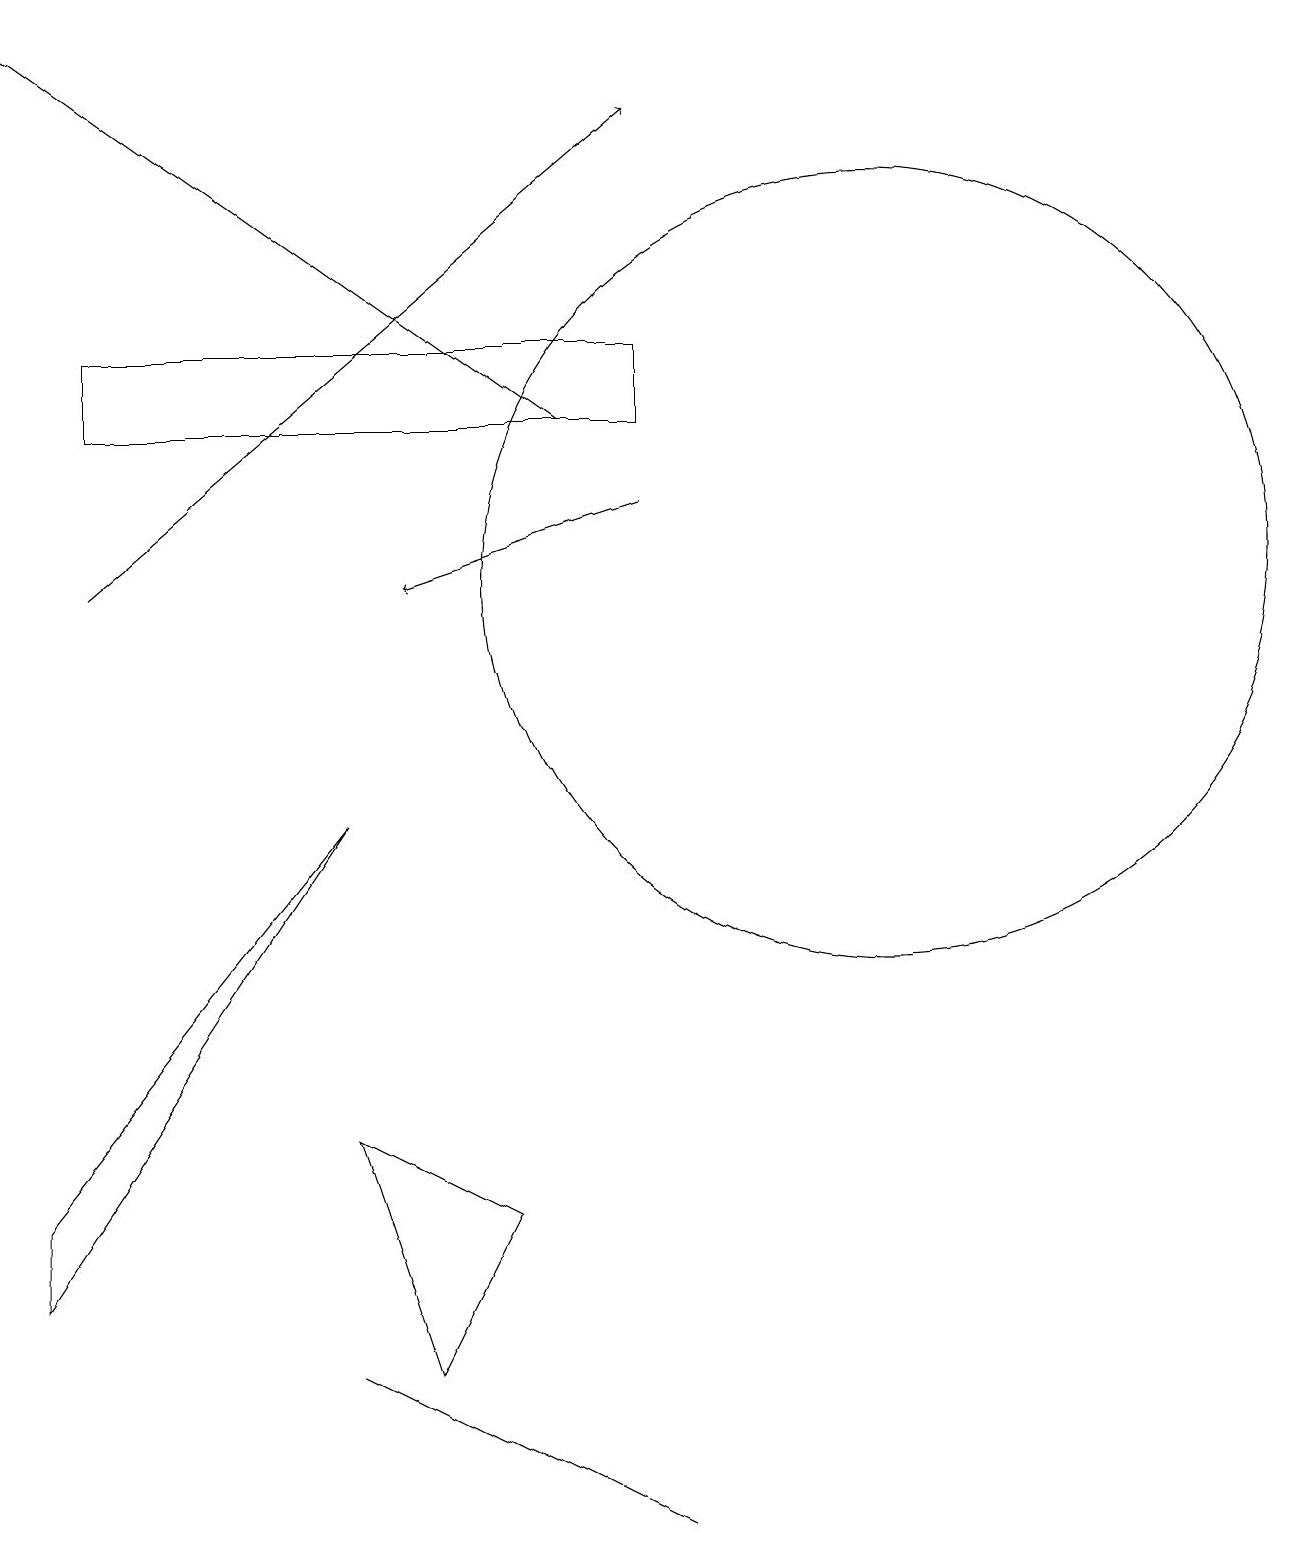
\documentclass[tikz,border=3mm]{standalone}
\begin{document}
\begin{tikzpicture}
\draw (11,12) circle (5);
\draw (4,5) -- (6,4) -- (5,2) -- cycle;
\draw (8,14) rectangle (1,15);
\draw[->] (1,12) -- (8,18);
\draw (0,3) -- (0,4) -- (4,9) -- cycle;
\draw[->] (7,14) -- (0,19);
\draw (4,2) -- (8,0) -- (4,2) -- cycle;
\draw[->] (8,13) -- (5,12);
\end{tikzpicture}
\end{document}